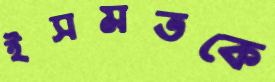
ইসমতকে